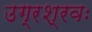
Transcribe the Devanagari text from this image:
उग्रश्रवः